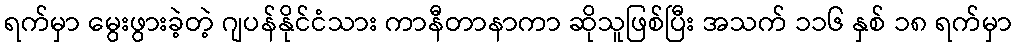
ရက်မှာ မွေးဖွားခဲ့တဲ့ ဂျပန်နိုင်ငံသား ကာနီတာနာကာ ဆိုသူဖြစ်ပြီး အသက် ၁၁၆ နှစ် ၁၈ ရက်မှာ